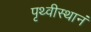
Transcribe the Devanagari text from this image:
पृथ्वीस्थानं